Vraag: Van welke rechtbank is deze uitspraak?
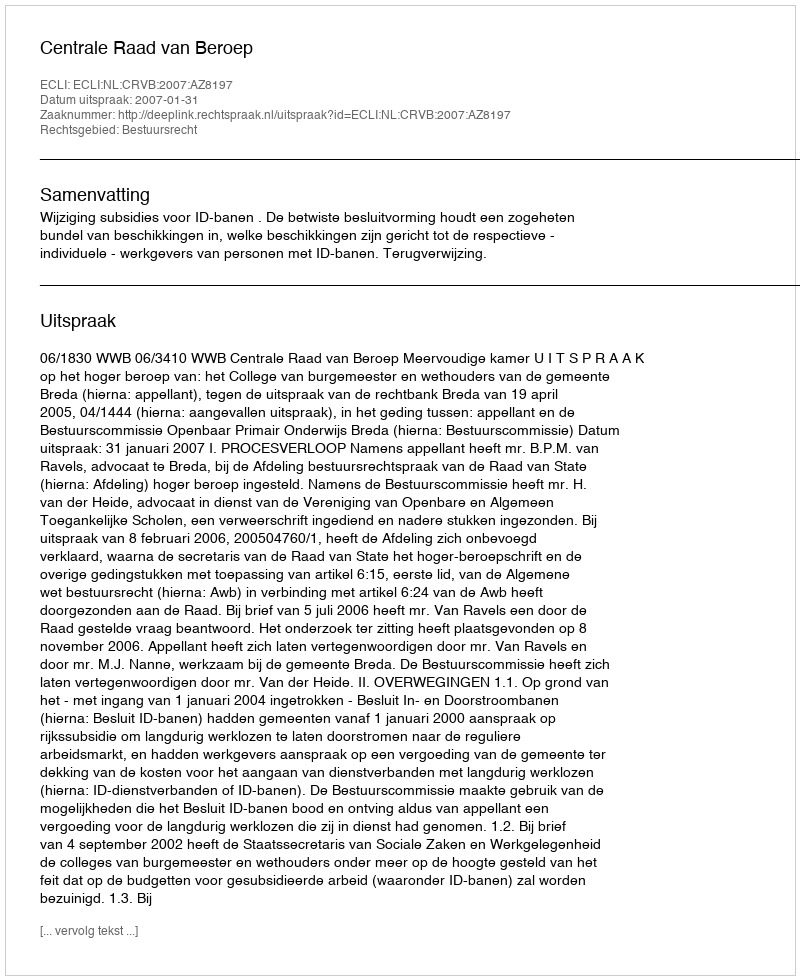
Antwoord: Centrale Raad van Beroep